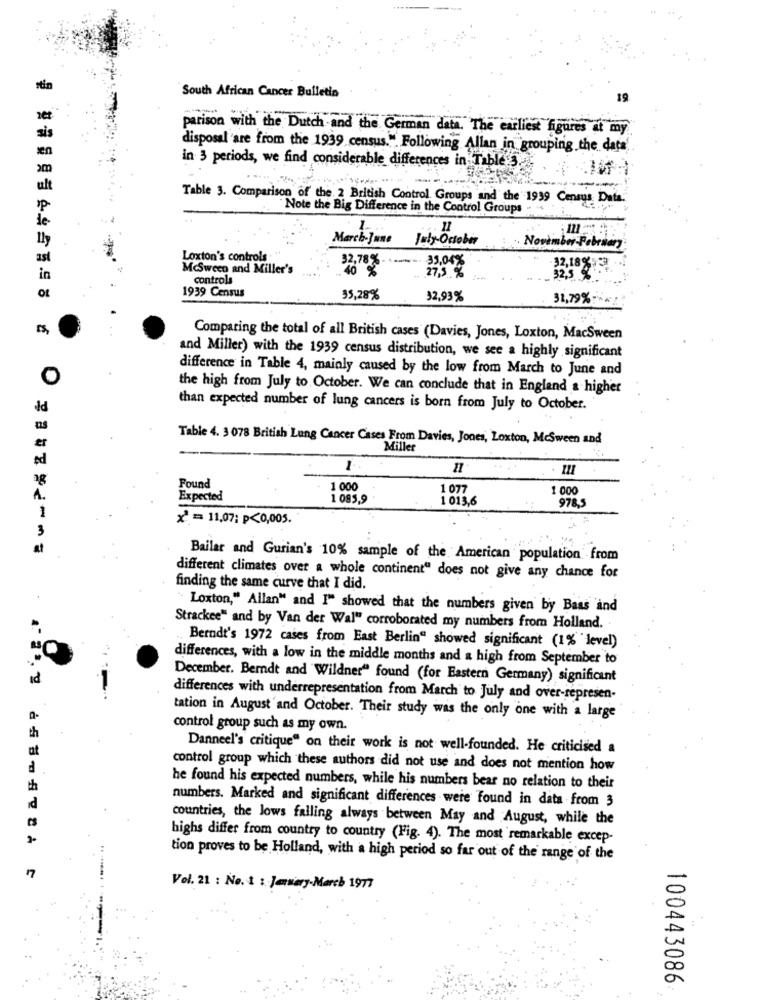
stin
South African Cancer Bulletin
19
parison with the Dutch -and the German data. The earliest figures at my
disposal are from the 1939 census." Following Allan in grouping the data'
in 3 periods, we find considerable differences in Table 3.
Table 3. Comparison of the 2 British Control Groups and the 1939 Census Data.
Note the Big Difference in the Control Groups
March-June
July October
November February
Loxton's controls
32,78% .
35,04%
McSween and Miller's
40 %
32,18 %
controls
17,5 %
32,5 %
1939 Census
OL
35,28%
32,93%
31,79%
Comparing the total of all British cases (Davies, Jones, Loxton, MacSween
and Miller) with the 1939 census distribution, we see a highly significant
difference in Table 4, mainly caused by the low from March to June and
O
the high from July to October. We can conclude that in England & higher
id
than expected number of lung cancers is born from July to October.
Table 4. 3 078 British Lung Cancer Cases From Davies, Jones, Loxton, McSween and
Miller
1
Found
1 000
1 077
1 .000
1.
Expected
1 085,9
1 013,6
978,5
1
x = 11,07: P<0,005.
Bailer and Gurian's 10% sample of the American population from
different climates over a whole continent" does not give any chance for
finding the same curve that I did.
" Loxton," Allan" and I" showed that the numbers given by Bass and
Strackee" and by Van der Wal" corroborated my numbers from Holland.
Berndt's 1972 cases from East Berlin" showed significant (1% level)
differences, with a low in the middle months and a high from September to
December. Berndt and Wildner" found (for Eastern Germany) significant
differences with underrepresentation from March to July and over-represen-
tation in August and October. Their study was the only one with a large
control group such as my own.
at
Danneel's critique" on their work is not well-founded. He criticised a
d
control group which these authors did not use and does not mention how
th
he found his expected numbers, while his numbers bear no relation to their
numbers. Marked and significant differences were found in data from 3
d
countries, the lows falling always between May and August, while the
highs differ from country to country (Fig. 4). The most remarkable excep
tion proves to be Holland, with a high period so far out of the range of the
Vel. 21 : No. 1 : Janviery-March 1977
100443086